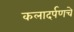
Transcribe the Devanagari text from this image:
कलादर्पणचे